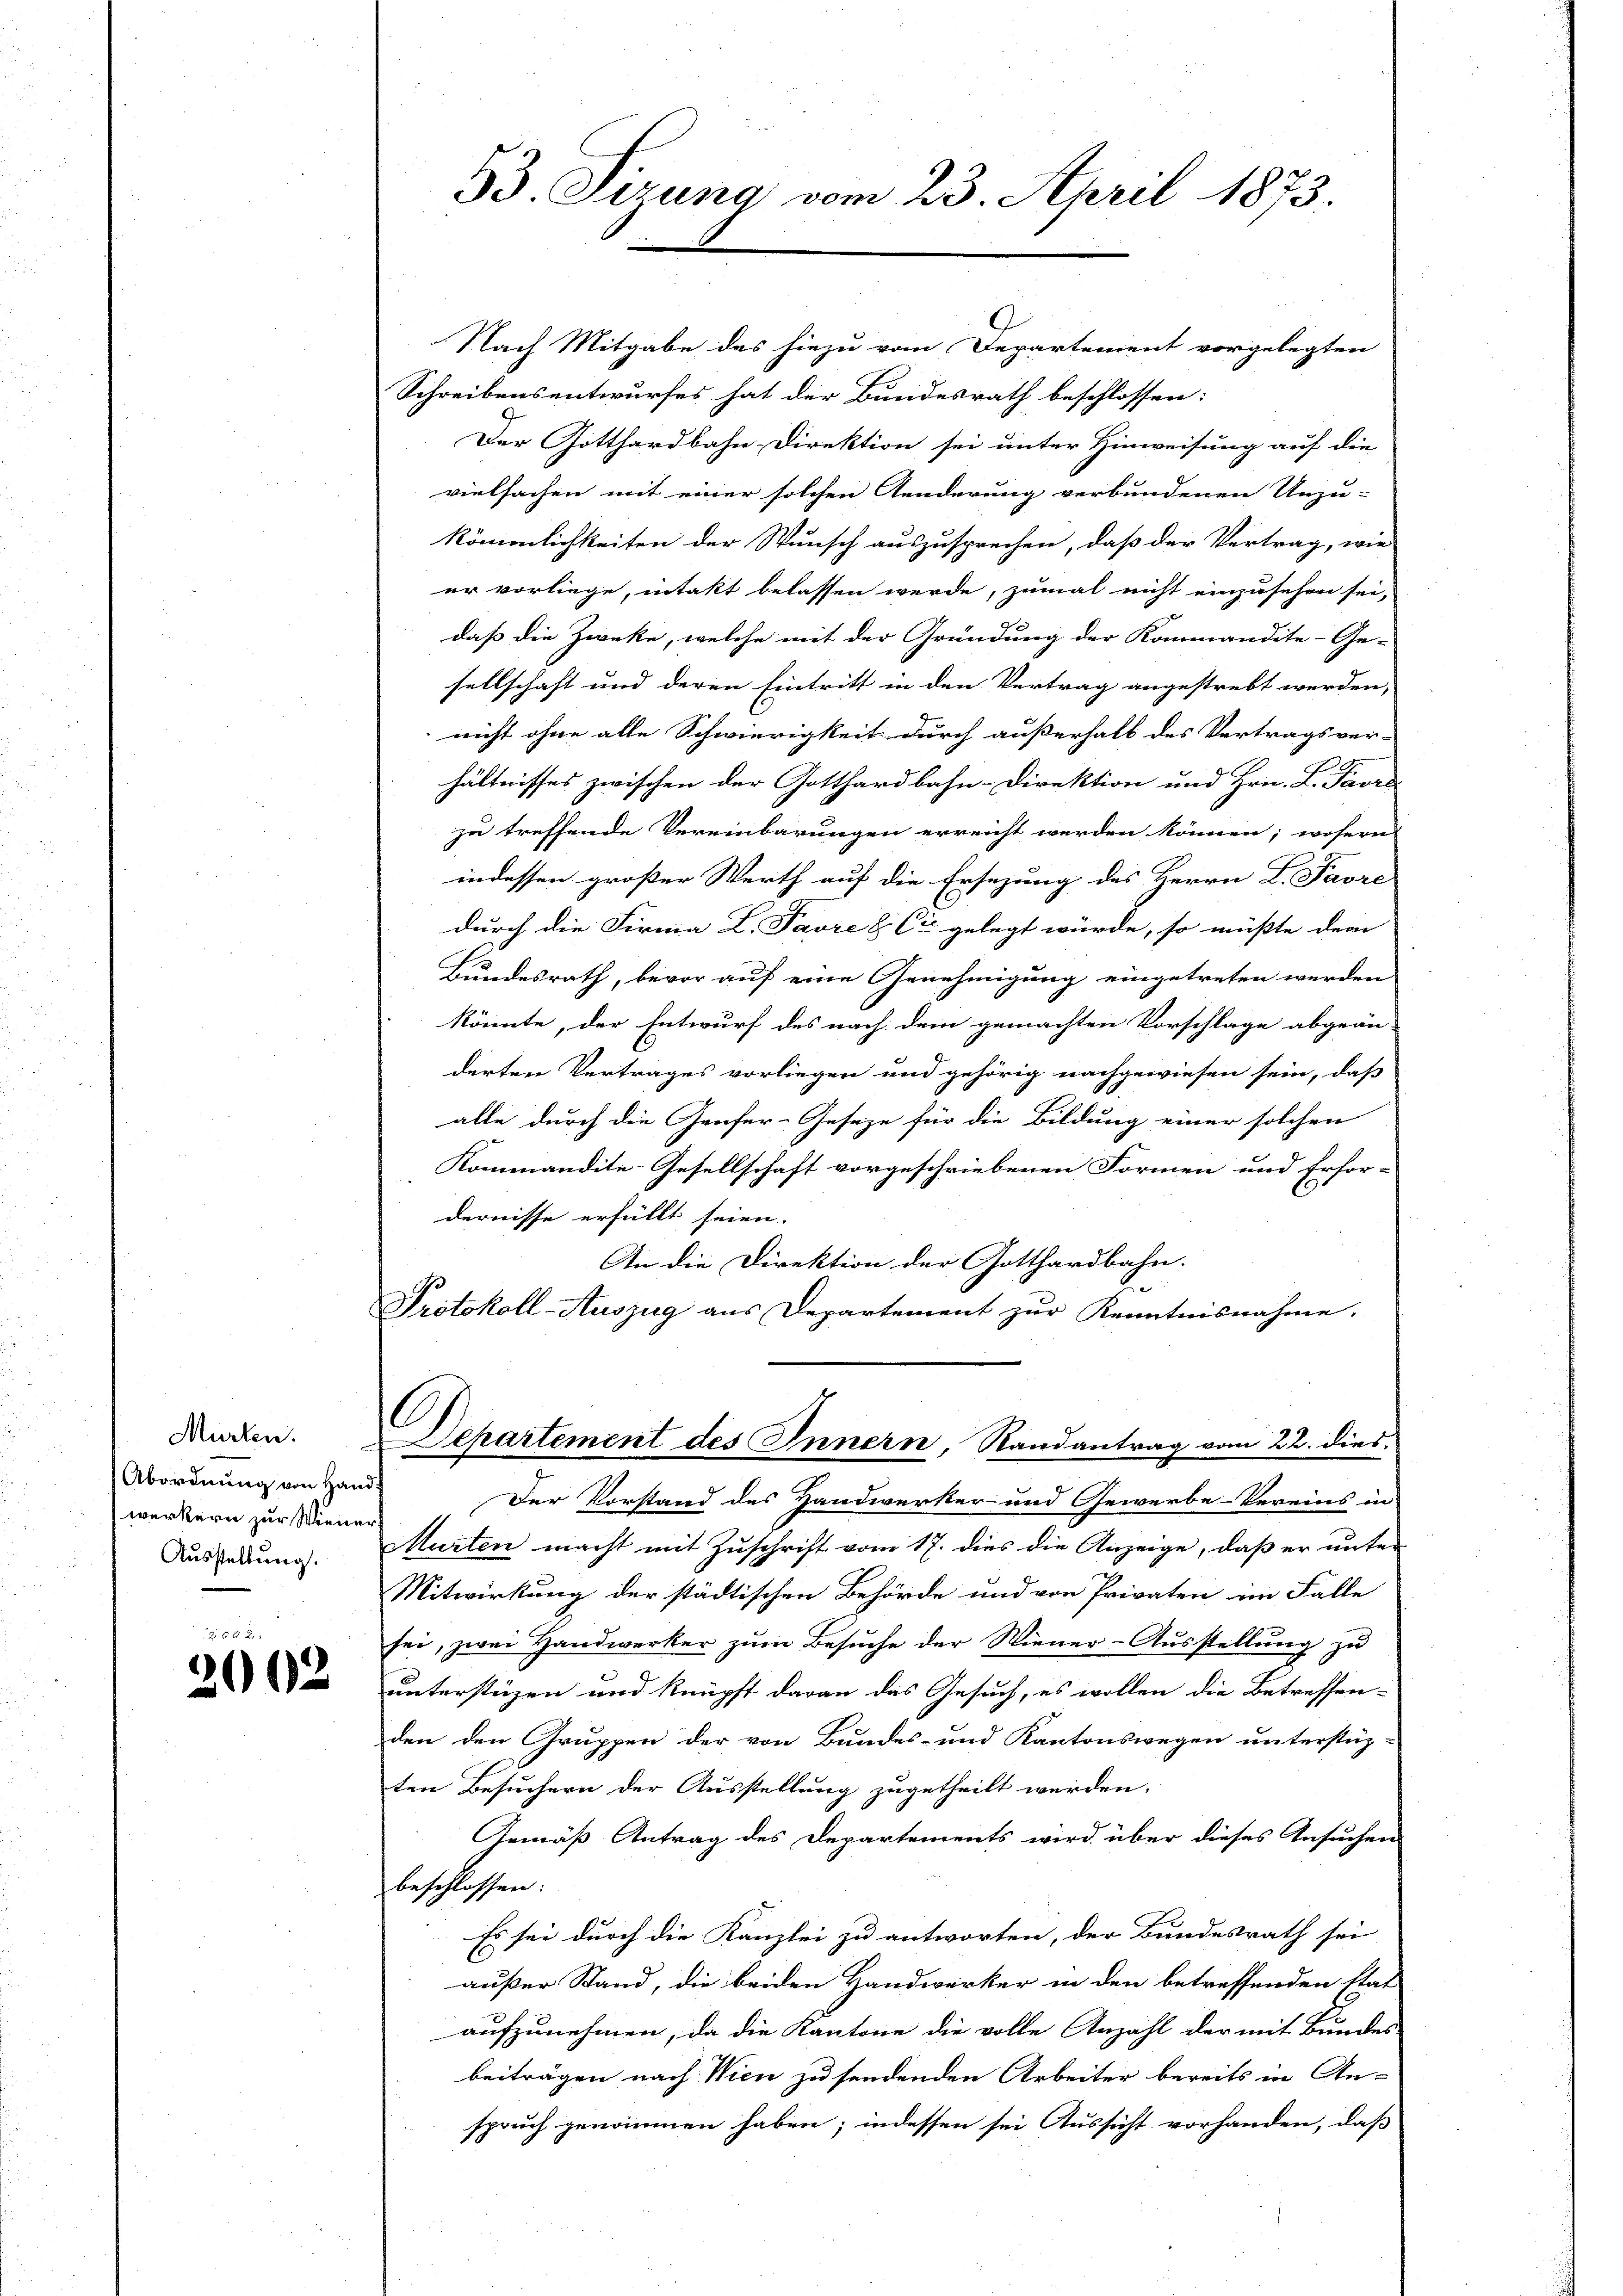
Murten.
Abordnung von Hand
werkern zur Wiene
Ausstellung.

253 x
2062

53 Sizung vom 23. April 1873.

.
Nach Mitgabe des hiezu vom Departement vorgelegten
Schreibensentwurfes hat der Bundesrath beschlossen:
Der Gotthardbahn Direktion sei unter Hinweisung auf die
vielfachen mit einer solchen Aenderung verbundenen Unzu-
kömmlichkeiten der Wunsch auszusprechen, daß der Vertrag, wie
er vorliege, intakt belassen werde, zumal nicht einzusehen sei,
daß die Zwecke, welche mit der Gründung der Kommandite-Ge-
sellschaft und deren Eintritt in den Vertrag angestrebt werden,
nicht ohne alle Schwierigkeit durch ausserhalb des Vertragsver- |
hältnisses zwischen der Gotthardbahn-Direktion und Hrn. L. Pavre
zu treffende Vereinbarungen erreicht werden können; wofern
indessen großer Werth auf die Ersezung des Herrn L. Favre
durch die Firma L. Favre & Cie gelegt würde, so müßte dem
Bundesrath, bevor auf eine Genehmigung eingetreten werden
könnte, der Entwurf des nach dem gemachten Vorschlage abgeän-
derten Vertrages vorliegen und gehörig nachgewiesen sein, daß
alle durch die Genfer-Geseze für die Bildung einer solchen
Kommandite-Gesellschaft vorgeschriebenen Formen und Erfor-
dernisse erfüllt seien.
An die Direktion der Gotthardbahn.
Protokoll-Auszug aus Departement zur Kenntnisnahme.
C
Departement des Innern, Randantrag vom 22. dies¬
Der Vorstand des Handwerker- und Gewerbe-Vereins in
Murten macht mit Zŭschrift vom 17. dies die Anzeige, daß er unter
Mitwirkung der städtischen Behörde und von Privaten im Falle
sei, zwei Handwerker zum Besuche der Wiener-Ausstellung zu
unterstüzen und knüpft daran das Gesuch, es wollen die Betreffen-
den den Gruppen der von Bundes- und Kantonswegen unterstüz-
ten Besuchern der Ausstellung zugetheilt werden.
Gemäß Antrag des Departements wird über dieses Ansuchen
beschlossen.
Es sei durch die Kanzlei zu antworten, der Bundesrath sei
außer Stand, die beiden Handwerker in den betreffenden Stat
aufzunehmen, da die Kantone die volle Anzahl der mit Bundes
beiträgen nach Wien zu sendenden Arbeiter bereits in An-
spruch genommen haben; indessen sei Aussicht vorhanden, daß